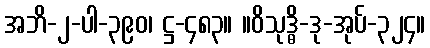
အဘိ-၂-ပါ-၃၉၀၊ ဋ္ဌ-၄၈၃။ ။ဝိသုဒ္ဓိ-ဒု-အုပ်-၃၂၄။